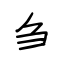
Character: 刍